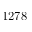
1 2 7 8